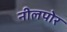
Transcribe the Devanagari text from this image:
नीलपोर